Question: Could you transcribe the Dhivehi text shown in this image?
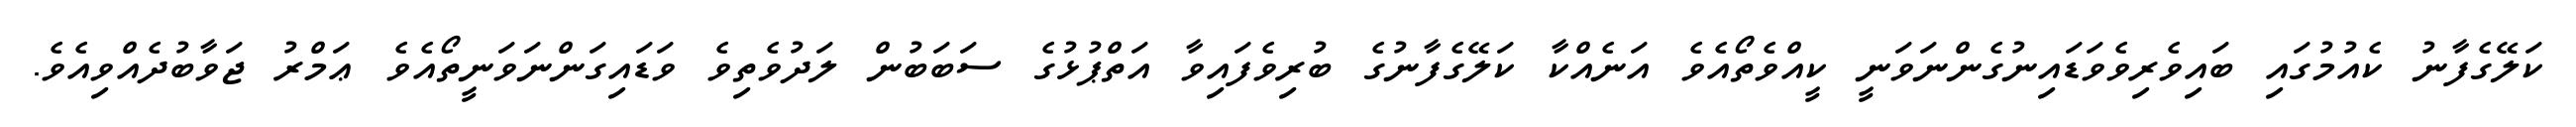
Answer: ކަލޭގެފާނު ކެއުމުގައި ބައިވެރިވެވަޑައިނުގެންނަވަނީ ކީއްވެތޯއެވެ އަނެއްކާ ކަލޭގެފާނުގެ ބުރިވެފައިވާ އަތްޕުޅުގެ ސަބަބުން ލަދުވެތިވެ ވަޑައިގަންނަވަނީތޯއެވެ ޢަމްރު ޖަވާބުދެއްވިއެވެ.